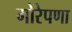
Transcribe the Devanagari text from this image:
गोरेपणा